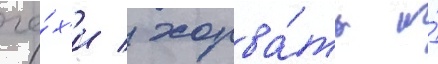
че́х'и / хорва́ты и́